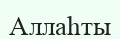
Аллаһты